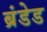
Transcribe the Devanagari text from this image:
ब्रंडेड